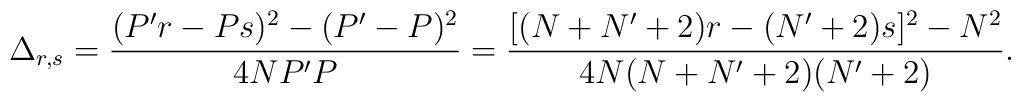
\Delta_{r,s}=\frac{(P'r-Ps)^2-(P'-P)^2}{4NP'P}=\frac{[ (N+N'+2)r-(N'+2)s]^2-N^2}{4N(N+N'+2)(N'+2)}.